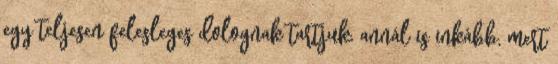
egy teljesen felesleges dolognak tartjuk, annál is inkább, mert